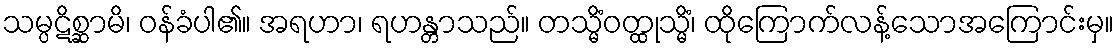
သမ္ပဋိစ္ဆာမိ၊ ဝန်ခံပါ၏။ အရဟာ၊ ရဟန္တာသည်။ တသ္မိံဝတ္ထုသ္မိံ၊ ထိုကြောက်လန့်သောအကြောင်းမှ။